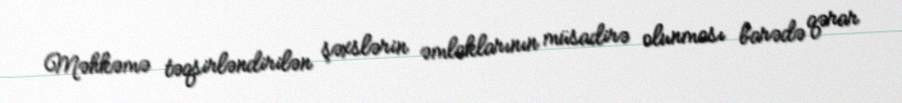
Məhkəmə təqsirləndirilən şəxslərin əmlaklarının müsadirə olunması barədə qərar